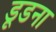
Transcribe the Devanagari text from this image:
डूडना